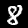
Digit: 8